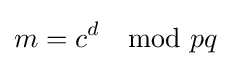
m=c^{d}\mod pq